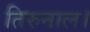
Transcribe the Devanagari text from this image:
तिरुनाल।